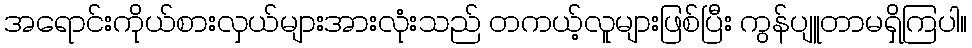
အရောင်းကိုယ်စားလှယ်များအားလုံးသည် တကယ့်လူများဖြစ်ပြီး ကွန်ပျူတာမရှိကြပါ။